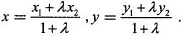
$$x= \frac{x_{1}+ \lambda x_{2}}{1+ \lambda }$$,$$y= \frac{y_{1}+ \lambda y_{2}}{1+ \lambda }$$.